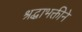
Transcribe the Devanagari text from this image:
श्रद्धाभक्तीने